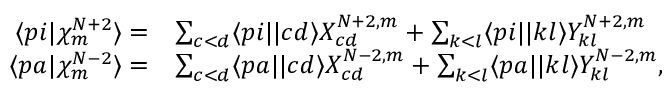
\begin{array} { r l } { \langle p i | \chi _ { m } ^ { N + 2 } \rangle = } & { \sum _ { c < d } \langle p i | | c d \rangle X _ { c d } ^ { N + 2 , m } + \sum _ { k < l } \langle p i | | k l \rangle Y _ { k l } ^ { N + 2 , m } } \\ { \langle p a | \chi _ { m } ^ { N - 2 } \rangle = } & { \sum _ { c < d } \langle p a | | c d \rangle X _ { c d } ^ { N - 2 , m } + \sum _ { k < l } \langle p a | | k l \rangle Y _ { k l } ^ { N - 2 , m } , } \end{array}